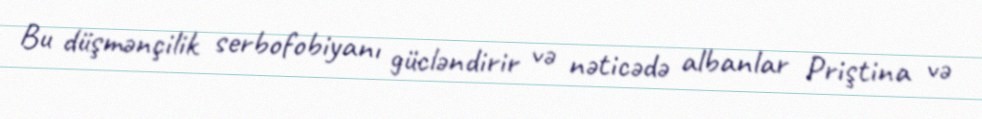
Bu düşmənçilik serbofobiyanı gücləndirir və nəticədə albanlar Priştina və